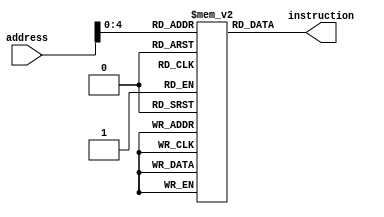
`timescale 1ns / 1ps
//////////////////////////////////////////////////////////////////////////////////
// Company: 
// Engineer: 
// 
// Design Name: 
// Module Name:    Instruction_Memory 
// Project Name: 
// Target Devices: 
// Tool versions: 
// Description: 
//
// Dependencies: 
//
// Revision: 
// Revision 0.01 - File Created
// Additional Comments: 
//
//////////////////////////////////////////////////////////////////////////////////
module Instruction_Memory(
    input [31:0] address,
    output [31:0] instruction
);

    reg [31:0] memory [0:31]; // Modified index range to match the number of instructions

    initial begin
        // R-type instructions: ADD, SUB, OR, AND
        memory[0]  = 32'b0000000_00011_00010_000_00001_0110011; // ADD x1, x2, x3
        memory[1]  = 32'b0100000_00110_00101_000_00100_0110011; // SUB x4, x5, x6
        memory[2]  = 32'b0000000_01001_01000_111_00111_0110011; // AND x7, x8, x9
        memory[3]  = 32'b0000000_01100_01011_110_01010_0110011; // OR x10, x11, x12

        // I-type instruction: LW
        memory[4]  = 32'b000000000100_00010_010_00001_0000011; // LW x1, 4(x2)

        // S-type instruction: SW
        memory[5]  = 32'b000000000100_00111_010_00101_0100011; // SW x5, 4(x7)

        // B-type instruction: BNE
        memory[6]  = 32'b0000000_00001_00010_001_00011_1100011; // BNE x1, x2, 3 (offset is just an example)

        // Filling the rest of the memory with more instances of the specified instructions for demonstration
        memory[7]  = 32'b0000000_00011_00010_000_00001_0110011; // ADD x1, x2, x3
        memory[8]  = 32'b0100000_00110_00101_000_00100_0110011; // SUB x4, x5, x6
        memory[9]  = 32'b0000000_01001_01000_111_00111_0110011; // AND x7, x8, x9
        memory[10] = 32'b0000000_01100_01011_110_01010_0110011; // OR x10, x11, x12
        memory[11] = 32'b000000000100_00010_010_00001_0000011; // LW x1, 4(x2)
        memory[12] = 32'b000000000100_00111_010_00101_0100011; // SW x5, 4(x7)
        memory[13] = 32'b0000000_00001_00010_001_00011_1100011; // BNE x1, x2, 3 (offset is just an example)
        memory[14] = 32'b0000000_00011_00010_000_00001_0110011; // ADD x1, x2, x3
        memory[15] = 32'b0100000_00110_00101_000_00100_0110011; // SUB x4, x5, x6
			end
    //always @(address)
        assign instruction = memory[address[4:0]]; // Adjusted to access the correct memory index

endmodule